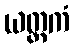
ယတ္တကံ